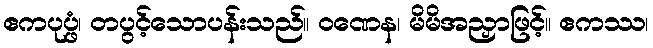
ဧကပုပ္ဖံ၊ တပွင့်သောပန်းသည်။ ဝဏေန၊ မိမိအညှာဖြင့်။ ဧကဿ၊